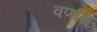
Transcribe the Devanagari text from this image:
वर्णाम